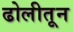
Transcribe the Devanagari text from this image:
ढोलीतून